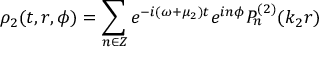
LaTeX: \rho _ { 2 } ( t , r , \phi ) = \sum _ { n \in Z } e ^ { - i ( \omega + \mu _ { 2 } ) t } e ^ { i n \phi } P _ { n } ^ { ( 2 ) } ( k _ { 2 } r )